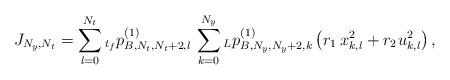
LaTeX: \begin{align*}{J_{{N_y},{N_t}}} = \sum\limits_{l = 0}^{{N_t}} {_{{t_f}}p_{B,{N_t},{N_t} + 2,l}^{(1)}\,\sum\limits_{k = 0}^{{N_y}} {_Lp_{B,{N_y},{N_y} + 2,k}^{(1)}} } \left( {{r_1}\,{x_{k,l}^2} + {r_2}{\mkern 1mu} {u_{k,l}^2}} \right),\end{align*}